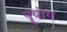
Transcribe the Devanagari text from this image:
पॄयोग